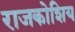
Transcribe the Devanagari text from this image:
राजकोशिय